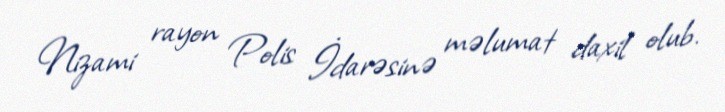
Nizami rayon Polis İdarəsinə məlumat daxil olub.